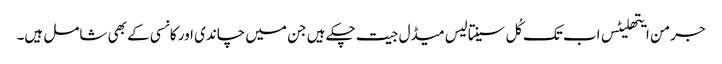
جرمن ایتھلیٹس اب تک کُل سینتالیس میڈل جیت چکے ہیں جن میں چاندی اور کانسی کے بھی شامل ہیں۔